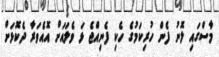
މާސްގައި ލޮނު ފެން ހުރިކަމުގެ ހެކި ފެނިއްޖެ ޅަ ވެލައަށް އޮއެވަރާ ދެކޮޅަށް